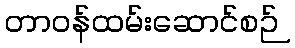
တာဝန်ထမ်းဆောင်စဉ်